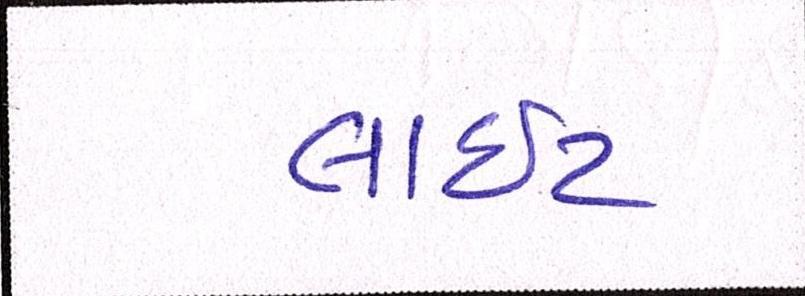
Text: લાઇટ